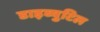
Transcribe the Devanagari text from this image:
डाइब्युटिल